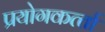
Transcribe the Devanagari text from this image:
प्रयोगकर्त्‍ता